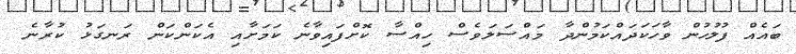
ބައެއް ފުލުހުން ވާހަކަދައްކަމުންދާ މައްސަލަވެސް ހިއްސާ ކޮށްފައިވާނެ ކަމަށާއި އެކަންކަން ރަނގަޅު ކުރާނެ